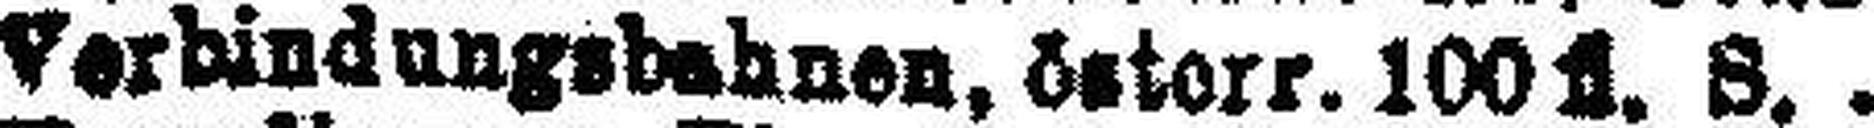
Verbindungsbahnen, östorr. 100 fl. S.